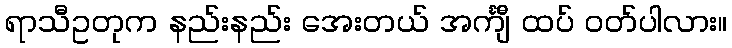
ရာသီဥတုက နည်းနည်း အေးတယ် အင်္ကျီ ထပ် ဝတ်ပါလား။